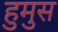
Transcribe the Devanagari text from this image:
हुमुस